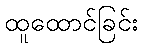
ထူထောင်ခြင်း